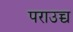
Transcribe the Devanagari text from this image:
पराउच्च